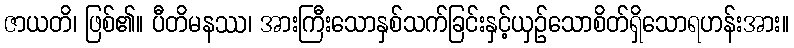
ဇာယတိ၊ ဖြစ်၏။ ပီတိမနဿ၊ အားကြီးသောနှစ်သက်ခြင်းနှင့်ယှဉ်သောစိတ်ရှိသောရဟန်းအား။